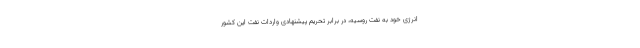
انرژی خود به نفت روسیه، در برابر تحریم پیشنهادی واردات نفت این کشور